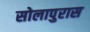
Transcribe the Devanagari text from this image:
सोलापुरास